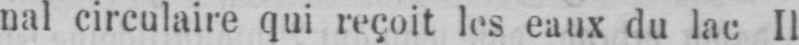
nal circulaire qui reçoit les eaux du lac Il